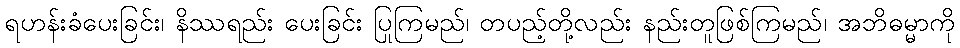
ရဟန်းခံပေးခြင်း၊ နိဿရည်း ပေးခြင်း ပြုကြမည်၊ တပည့်တို့လည်း နည်းတူဖြစ်ကြမည်၊ အဘိဓမ္မာကို